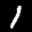
Label: 1